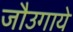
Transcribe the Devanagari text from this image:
जौउगाये